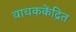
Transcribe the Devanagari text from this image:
वाचककेंद्रित